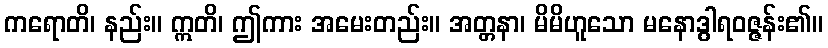
ကရောတိ၊ နည်း။ ဣတိ၊ ဤကား အမေးတည်း။ အတ္တနာ၊ မိမိဟူသော မနောဒွါရဝဇ္ဇန်း၏။